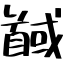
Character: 馘